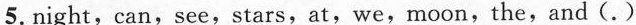
5.night,can,see,stars,at,we,moon,the,and(.)